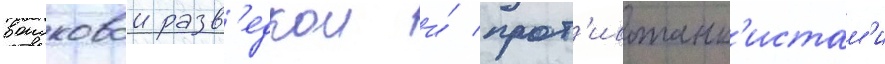
воисковои разв'едкои и́ прот'ивотанк'истам'и